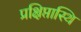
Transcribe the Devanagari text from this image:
प्रक्षिप्तास्थि